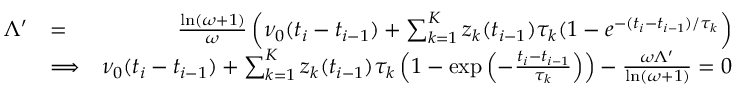
\begin{array} { r l r } { \Lambda ^ { \prime } } & { = } & { \frac { \ln ( \omega + 1 ) } { \omega } \left( \nu _ { 0 } ( t _ { i } - t _ { i - 1 } ) + \sum _ { k = 1 } ^ { K } z _ { k } ( t _ { i - 1 } ) \tau _ { k } ( 1 - e ^ { - ( t _ { i } - t _ { i - 1 } ) / \tau _ { k } } \right) } \\ & { \Longrightarrow } & { \nu _ { 0 } ( t _ { i } - t _ { i - 1 } ) + \sum _ { k = 1 } ^ { K } z _ { k } ( t _ { i - 1 } ) \tau _ { k } \left( 1 - \mathrm { e x p } \left( - \frac { t _ { i } - t _ { i - 1 } } { \tau _ { k } } \right) \right) - \frac { \omega \Lambda ^ { \prime } } { \ln ( \omega + 1 ) } = 0 } \end{array}